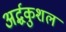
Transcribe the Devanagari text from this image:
अर्द्धकुशल